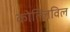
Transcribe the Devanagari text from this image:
कोल्लिविल